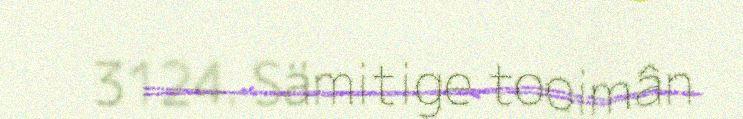
3124. Sämitige tooimân